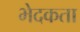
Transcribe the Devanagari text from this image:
भेदकता